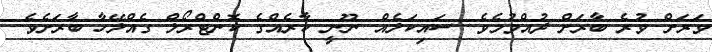
ވަރަށް ވުރެ ބާރަށް ދުއްވުމެވެ. ސައިކަލެއް ނޫނީ ކާރެއްގެ ކޮންޓްރޯލް ގެއްލޭހާ ބާރަށެވެ.